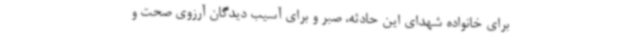
برای خانواده شهدای این حادثه، صبر و برای آسیب دیدگان آرزوی صحت و